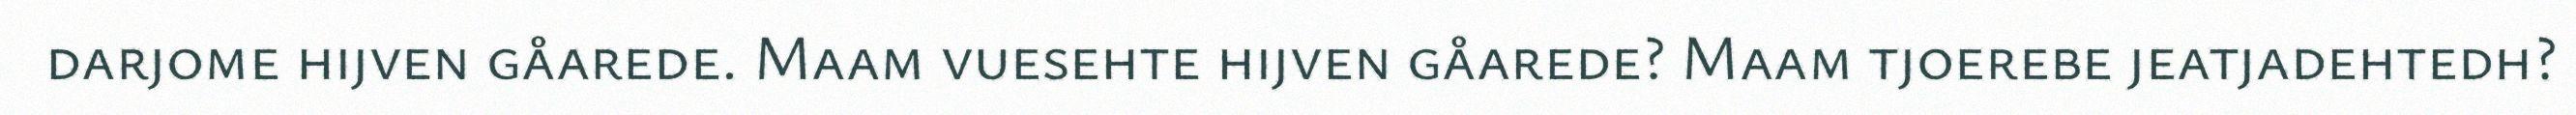
darjome hijven gåarede. Maam vuesehte hijven gåarede? Maam tjoerebe jeatjadehtedh?